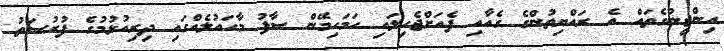
އިންޖީނުގެތައް އެ ރައްޔިތުންގެ ގެއާއި ފެއަށްޖެހިލައި ހަމަހިމޭން ސާފު މާހައުލެއްގައި ދިރިއުޅުމުގެ ފުރުސަތު